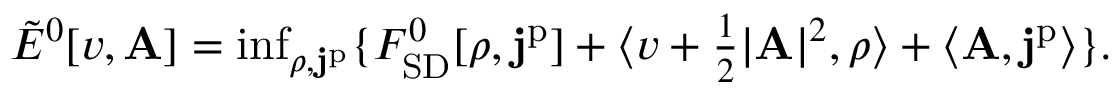
\begin{array} { r } { \tilde { E } ^ { 0 } [ v , \mathbf { A } ] = \operatorname* { i n f } _ { \rho , \mathbf { j } ^ { \mathrm { p } } } \{ F _ { \mathrm { S D } } ^ { 0 } [ \rho , \mathbf { j } ^ { \mathrm { p } } ] + \langle v + \frac { 1 } { 2 } | \mathbf { A } | ^ { 2 } , \rho \rangle + \langle \mathbf { A } , \mathbf { j } ^ { \mathrm { p } } \rangle \} . } \end{array}